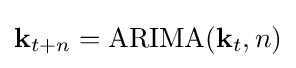
\mathbf {k} _{t+n}={\text{ARIMA}}(\mathbf {k} _{t},n)